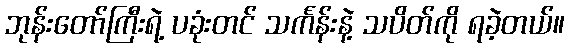
ဘုန်းတော်ကြီးရဲ့ ပခုံးတင် သင်္ကန်းနဲ့ သပိတ်ကို ရခဲ့တယ်။